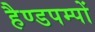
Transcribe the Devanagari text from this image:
हैण्डपम्पों